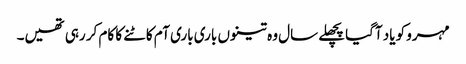
مہرو کو یاد آگیا پچھلے سال وہ تینوں باری باری آم کاٹنے کا کام کر رہی تھیں۔